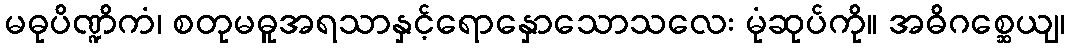
မဓုပိဏ္ဍိကံ၊ စတုမဓူအရသာနှင့်ရောနှောသောသလေး မုံဆုပ်ကို။ အဓိဂစ္ဆေယျ၊